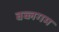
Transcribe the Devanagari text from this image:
बब्लगम